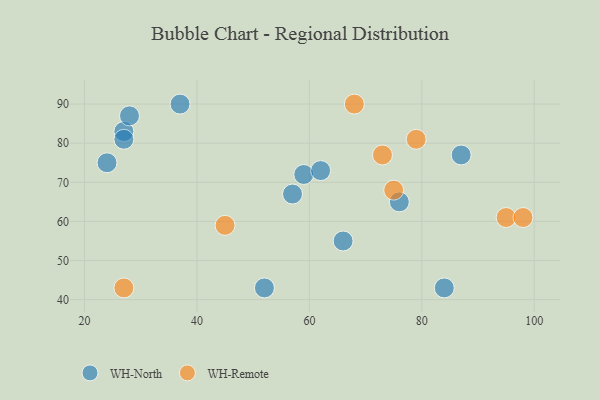
{"axis": {"x": "GDP", "y": "Life Expectancy"}, "legend": ["WH-North", "WH-Remote"], "data": [{"x": "59", "y": 72, "type": "WH-North"}, {"x": "52", "y": 43, "type": "WH-North"}, {"x": "87", "y": 77, "type": "WH-North"}, {"x": "37", "y": 90, "type": "WH-North"}, {"x": "66", "y": 55, "type": "WH-North"}, {"x": "27", "y": 83, "type": "WH-North"}, {"x": "28", "y": 87, "type": "WH-North"}, {"x": "84", "y": 43, "type": "WH-North"}, {"x": "57", "y": 67, "type": "WH-North"}, {"x": "27", "y": 81, "type": "WH-North"}, {"x": "62", "y": 73, "type": "WH-North"}, {"x": "24", "y": 75, "type": "WH-North"}, {"x": "76", "y": 65, "type": "WH-North"}, {"x": "95", "y": 61, "type": "WH-Remote"}, {"x": "98", "y": 61, "type": "WH-Remote"}, {"x": "27", "y": 43, "type": "WH-Remote"}, {"x": "75", "y": 68, "type": "WH-Remote"}, {"x": "73", "y": 77, "type": "WH-Remote"}, {"x": "45", "y": 59, "type": "WH-Remote"}, {"x": "79", "y": 81, "type": "WH-Remote"}, {"x": "68", "y": 90, "type": "WH-Remote"}]}